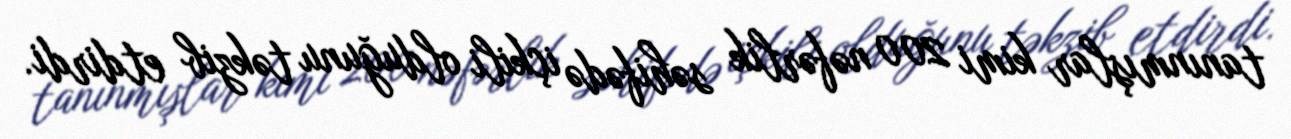
tanınmışlar kimi 200 nəfərlik səhifədə içkili olduğunu təkzib etdirdi.